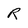
Character: R